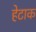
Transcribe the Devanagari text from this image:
हेटाक